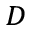
^ D